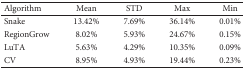
| Algorithm | Mean | STD | Max | Min |
 | --- | --- | --- | --- | --- |
 | Snake | 13.42% | 7.69% | 36.14% | 0.01% |
 | RegionGrow | 8.02% | 5.93% | 24.67% | 0.15% |
 | LuTA | 5.63% | 4.29% | 10.35% | 0.09% |
 | CV | 8.95% | 4.93% | 19.44% | 0.23% |